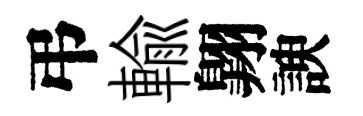
弔輸翺諛